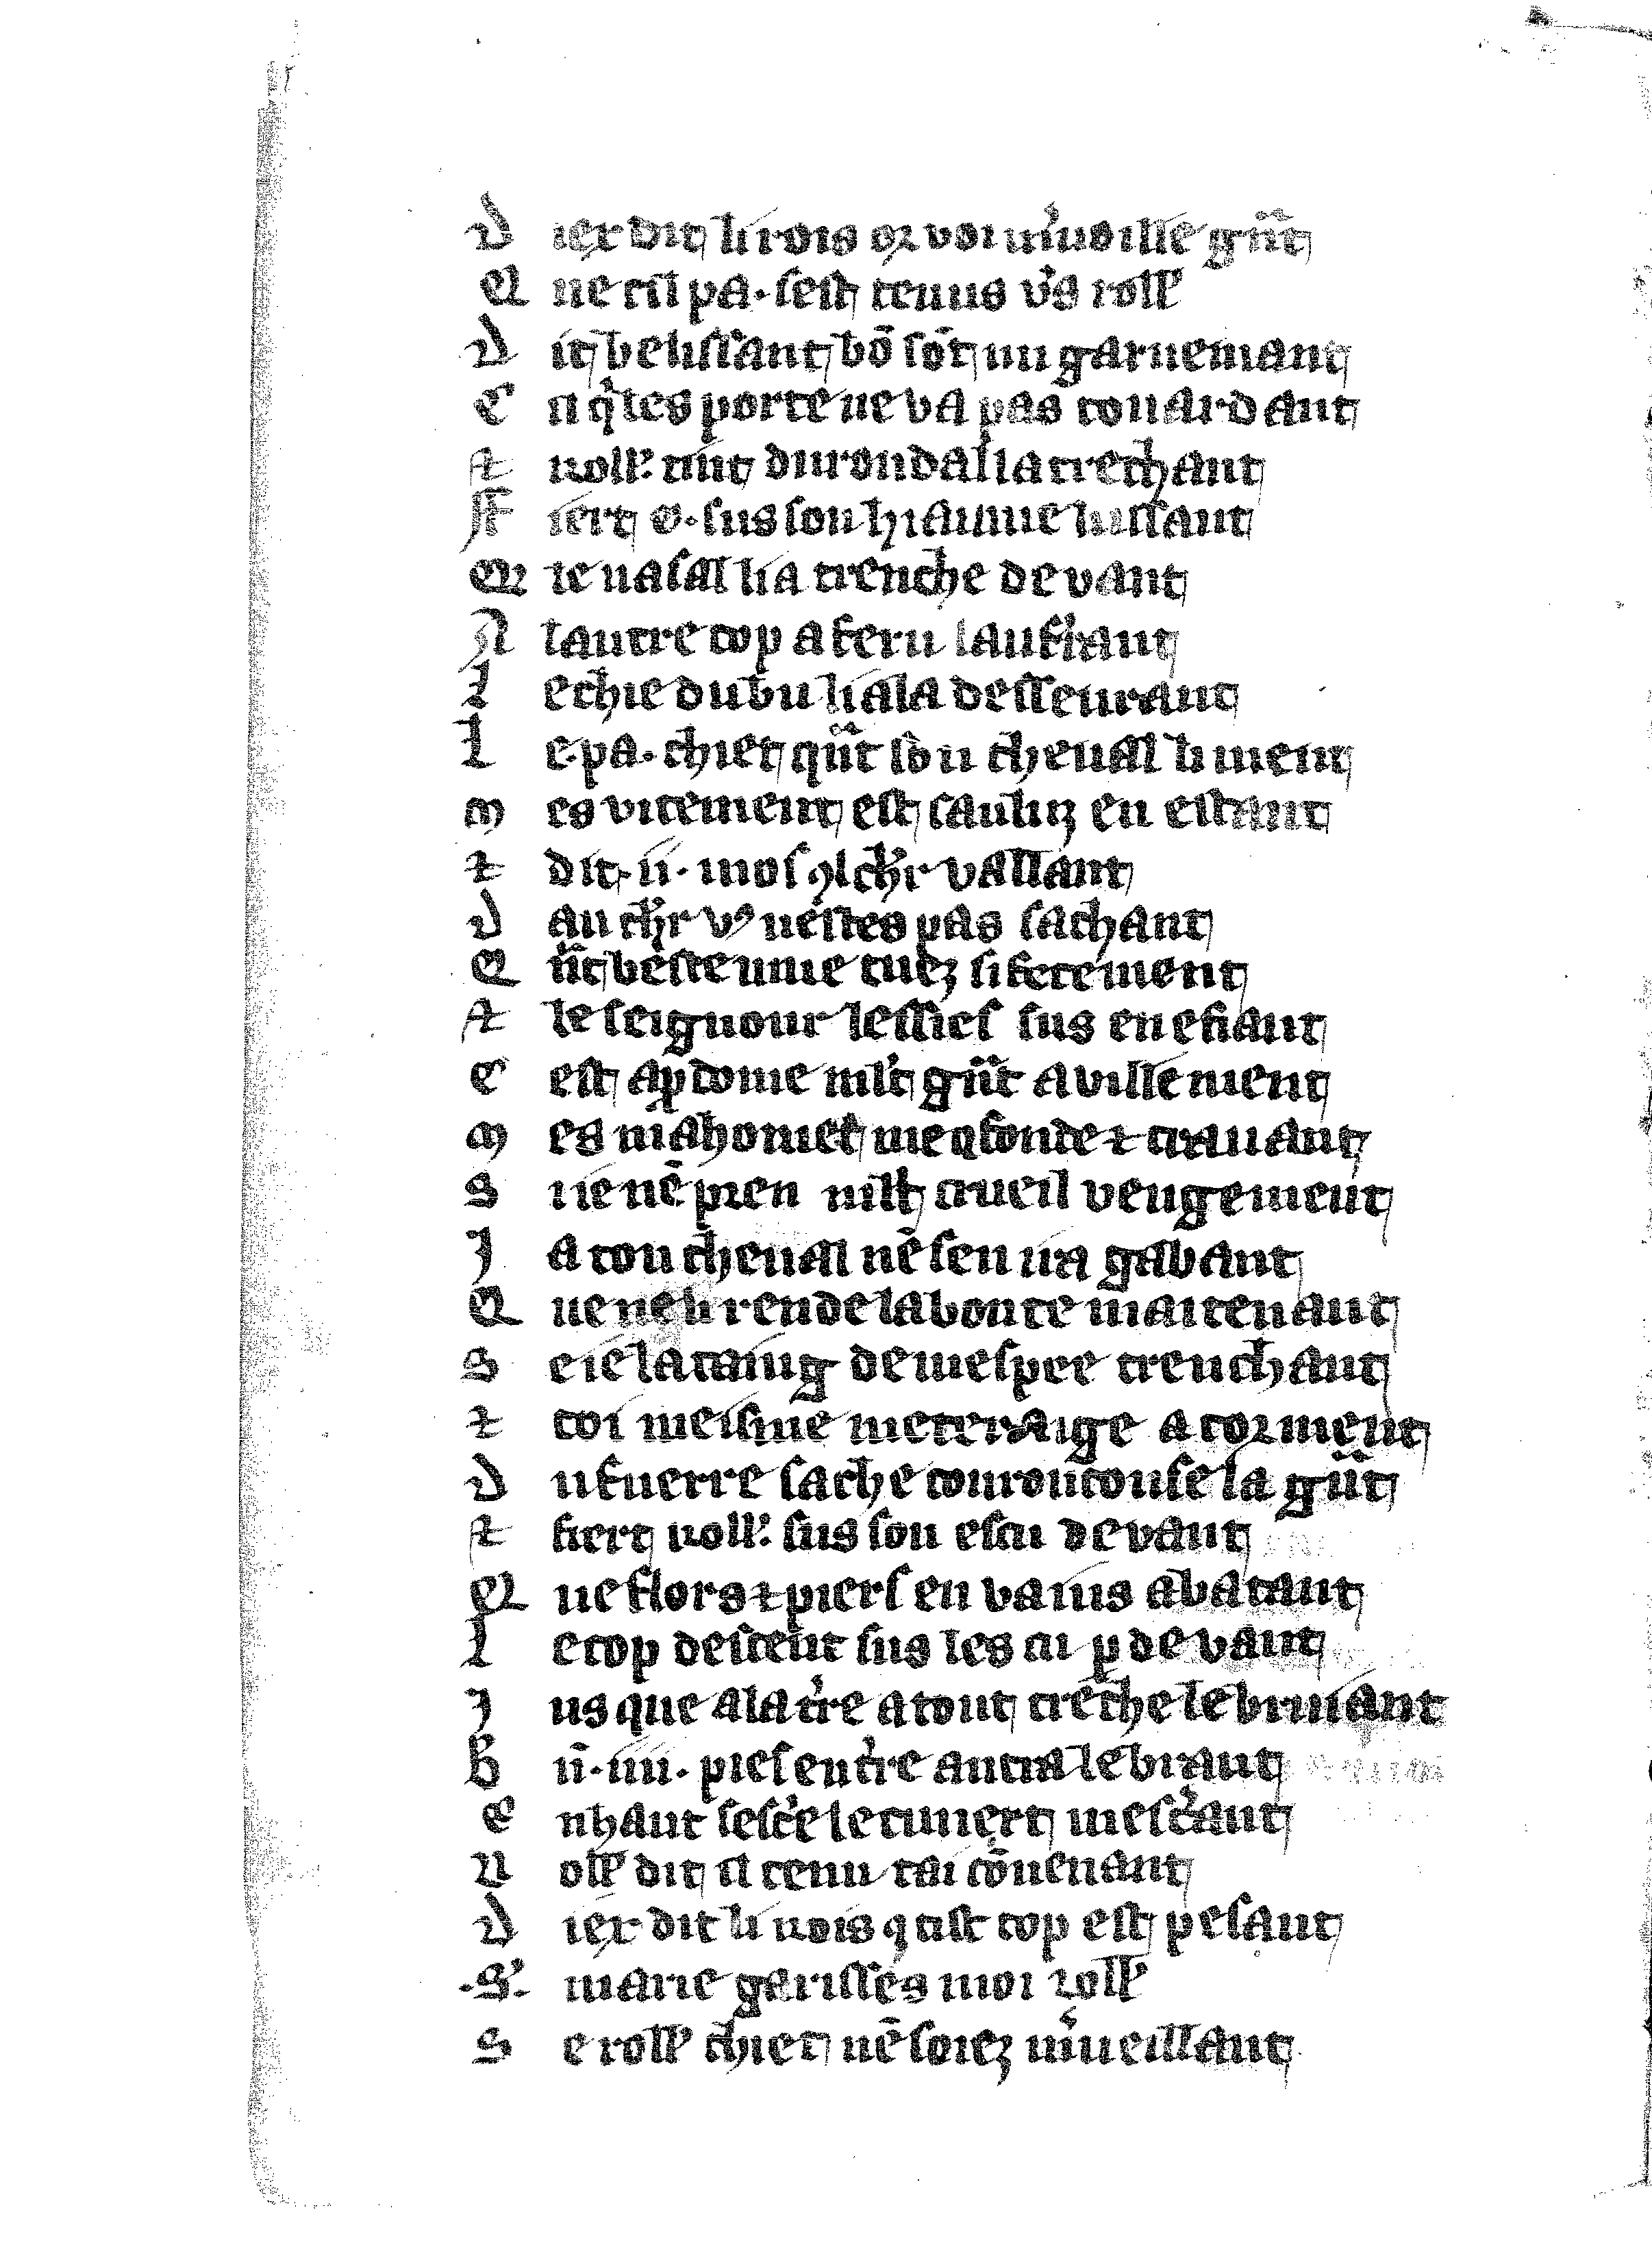
Shelfmark: Vatican, Biblioteca apostolica vaticana, Reg.lat. 1616
Century: 14